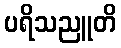
ပရိသညူတိ